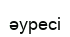
әуресі